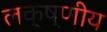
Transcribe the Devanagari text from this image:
लक्ष्णीय